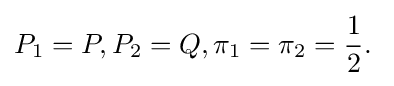
P_{1}=P,P_{2}=Q,\pi _{1}=\pi _{2}={\frac {1}{2}}.\